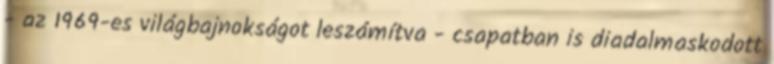
- az 1969-es világbajnokságot leszámítva - csapatban is diadalmaskodott